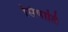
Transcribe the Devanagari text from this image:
सिषाति